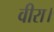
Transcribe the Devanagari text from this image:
वीरा।